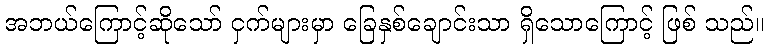
အဘယ်ကြောင့်ဆိုသော် ငှက်များမှာ ခြေနှစ်ချောင်းသာ ရှိသောကြောင့် ဖြစ် သည်။